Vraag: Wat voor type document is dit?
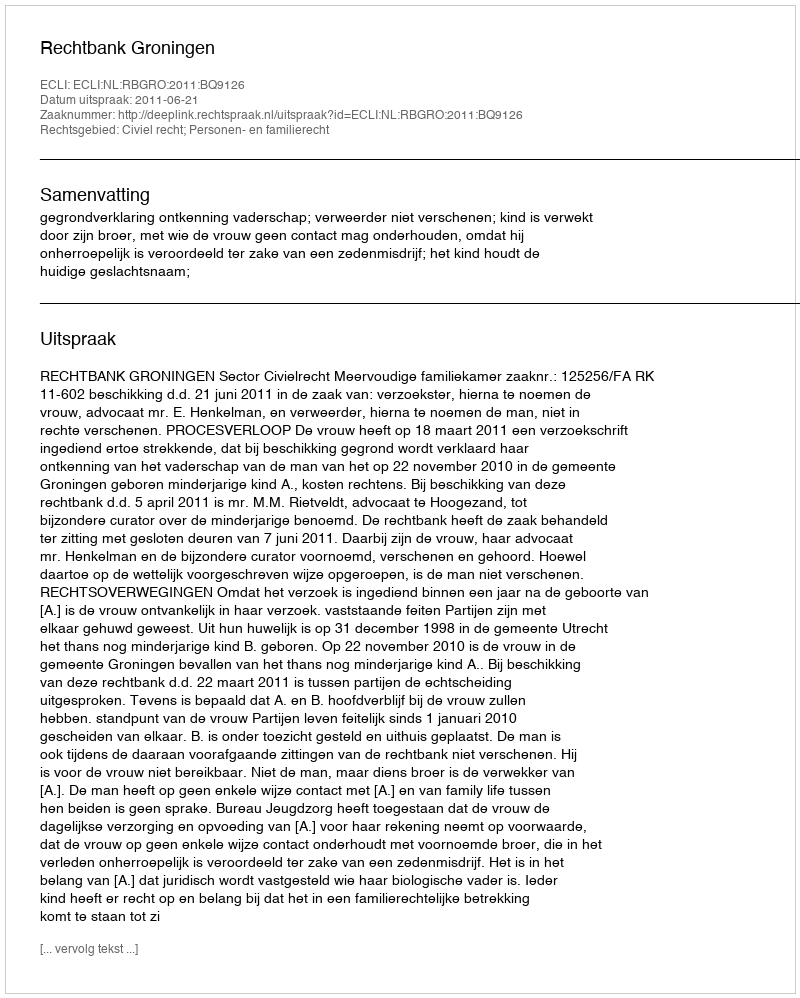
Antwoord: Uitspraak